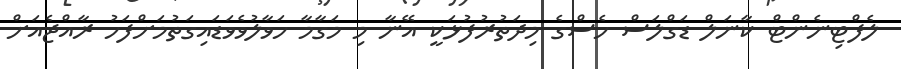
ލެފްޓިނެންޓް ކާނަލް ޑަގްލަސް ހެސްގެ މިދަތުރުފުޅަކީ އޭނާ މި މަގާމާ ހަވާލުވެވަޑައިގަތުމަށްފަހު ރާއްޖެއަށް